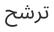
ترشح